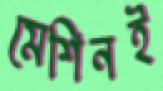
মেশিনই